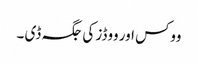
ووکس اور ووڈز کی جگہ ڈی ۔